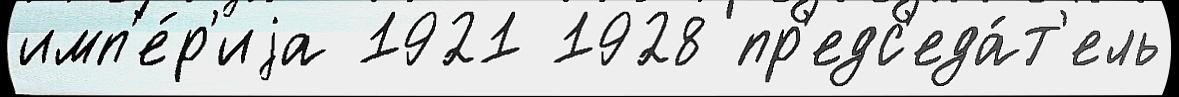
имп'е́р'иjа 1921 1928 пр'едс'еда́т'ель